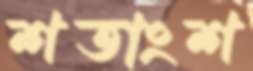
শতাংশ